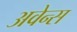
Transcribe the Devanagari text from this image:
अवेन्स